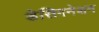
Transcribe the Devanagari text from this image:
डेसिगनेशन